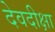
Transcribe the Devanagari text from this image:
देवदीक्षा